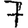
Digit: 7